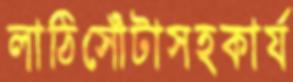
লাঠিসোঁটাসহকার্য